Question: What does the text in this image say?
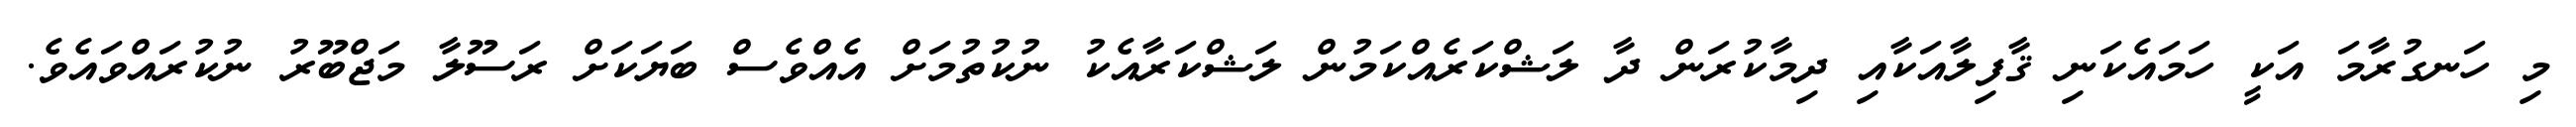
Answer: މި ހަނގުރާމަ އަކީ ހަމައެކަނި ޤާފިލާއަކާއި ދިމާކުރަން ދާ ލަޝްކަރެއްކަމުން ލަޝްކަރާއެކު ނުކުތުމަށް އެއްވެސް ބަޔަކަށް ރަސޫލާ މަޖްބޫރު ނުކުރައްވައެވެ.